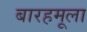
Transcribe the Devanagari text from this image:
बारहमूला